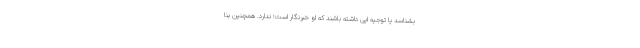
بشناسد یا توجیه ایی داشته باشند که او خبرنگار است؛ ندارد. همچنین بنا